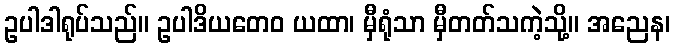
ဥပါဒါရုပ်သည်။ ဥပါဒိယတေဝ ယထာ၊ မှီရုံသာ မှီတတ်သကဲ့သို့။ အညေန၊